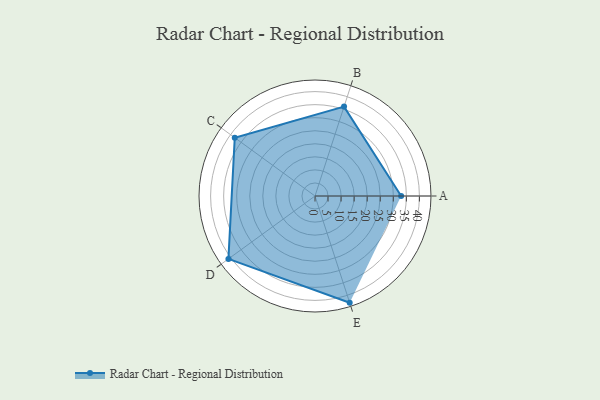
{"axis": {"x": "Skill", "y": "Score"}, "legend": ["Profile"], "data": [{"x": "A", "y": 33.0, "type": "Profile"}, {"x": "B", "y": 36.0, "type": "Profile"}, {"x": "C", "y": 38.0, "type": "Profile"}, {"x": "D", "y": 41.0, "type": "Profile"}, {"x": "E", "y": 43.0, "type": "Profile"}]}